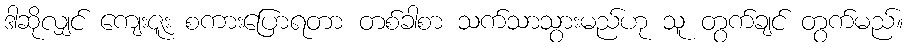
ဒါဆိုလျှင် ကျေးဇူး စကားပြောရတာ တစ်ခါစာ သက်သာသွားမည်ဟု သူ တွက်ချင် တွက်မည်။